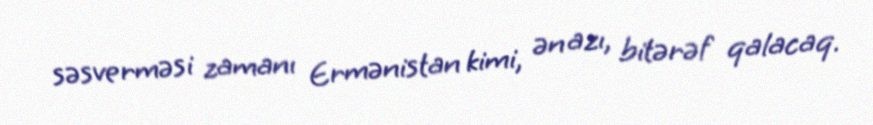
səsverməsi zamanı Ermənistan kimi, ən azı, bitərəf qalacaq.